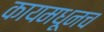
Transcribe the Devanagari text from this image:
कायमधूनच